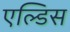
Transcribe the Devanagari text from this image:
एल्डिस